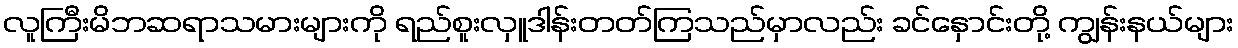
လူကြီးမိဘဆရာသမားများကို ရည်စူးလှူဒါန်းတတ်ကြသည်မှာလည်း ခင်နှောင်းတို့ ကျွန်းနယ်များ